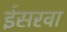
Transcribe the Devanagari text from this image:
ईसरवा